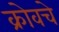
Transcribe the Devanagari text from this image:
क्रोवचे